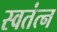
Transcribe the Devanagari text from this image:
स्वतंत्न